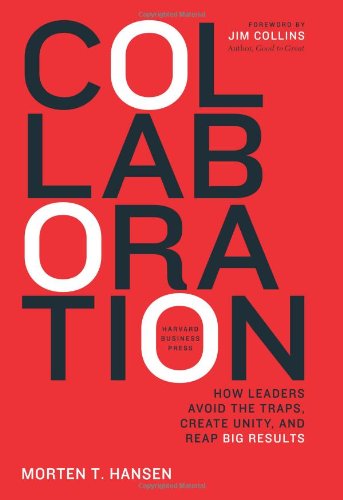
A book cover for Collaboration: How Leaders Avoid the Traps, Build Common Ground, and Reap Big Results; Morten Hansen; Business & Money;